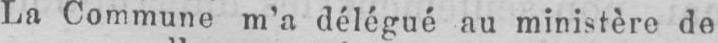
La Commune m’a délégué au ministère de